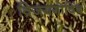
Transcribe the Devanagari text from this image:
विजयगोविंद